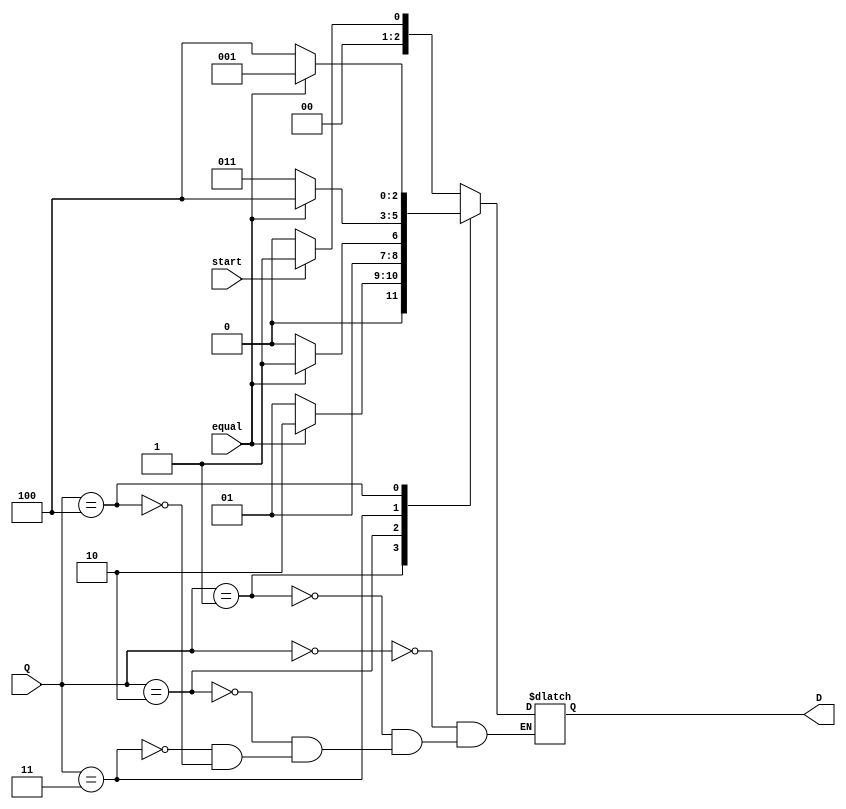
// next
module next #(parameter size= 3)(start,equal,Q,D);
  input start, equal;
  input [size-1:0]Q;
  output reg [size-1:0]D;
  always @(*)begin
    case(Q)
      3'b000: begin
                if(start == 1) D[2:0] = 3'b001;
              else D = 3'b000;
        
            end
      3'b001:begin
              if(equal == 1)
                  D = 3'b010;
                else D = 3'b001;
            end
      3'b010:begin
              if(equal == 1)
                  D = 3'b011;
                  else D = 3'b010;
            end
      3'b011:begin
              if(equal == 1)
                  D = 3'b100;
                  else D = 3'b011;
            end
      3'b100:begin
              if(equal == 1)
                  D = 3'b001;
                  else D = 3'b100;
            end
    endcase
    
  end
endmodule